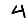
Digit: 4